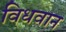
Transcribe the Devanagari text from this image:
विधवान